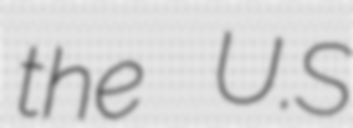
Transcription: the U.S